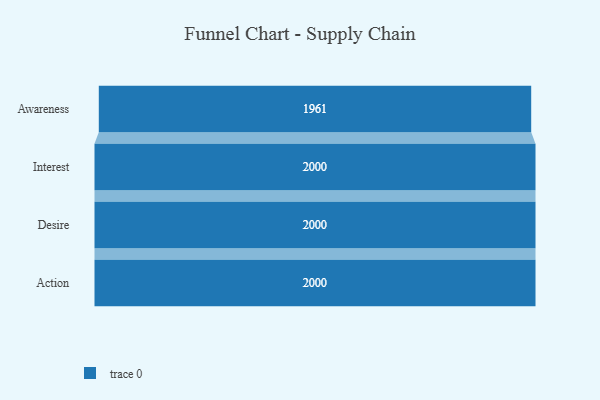
{"axis": {"x": "Stage", "y": "Value"}, "legend": [""], "data": [{"x": "Awareness", "y": 1961.0, "type": ""}, {"x": "Interest", "y": 2000, "type": ""}, {"x": "Desire", "y": 2000, "type": ""}, {"x": "Action", "y": 2000, "type": ""}]}